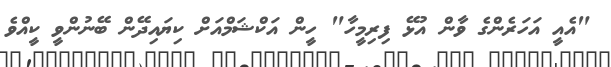
"އެއީ އަހަރެންގެ ވާން އުޅޭ ފިރިމީހާ" ހީން އަކްޝަމްއަށް ކިޔައިދޭން ބޭނުންވީ ކީއްވެ